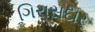
ગિરાસદાર